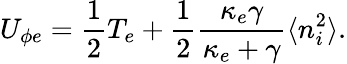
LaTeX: U_{\phi e}=\frac{1}{2}T_{e}+\frac{1}{2}\frac{\kappa_{e}\gamma}{\kappa_{e}+\gamma}\langle n_{i}^{2}\rangle.